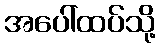
အပေါ်ထပ်သို့